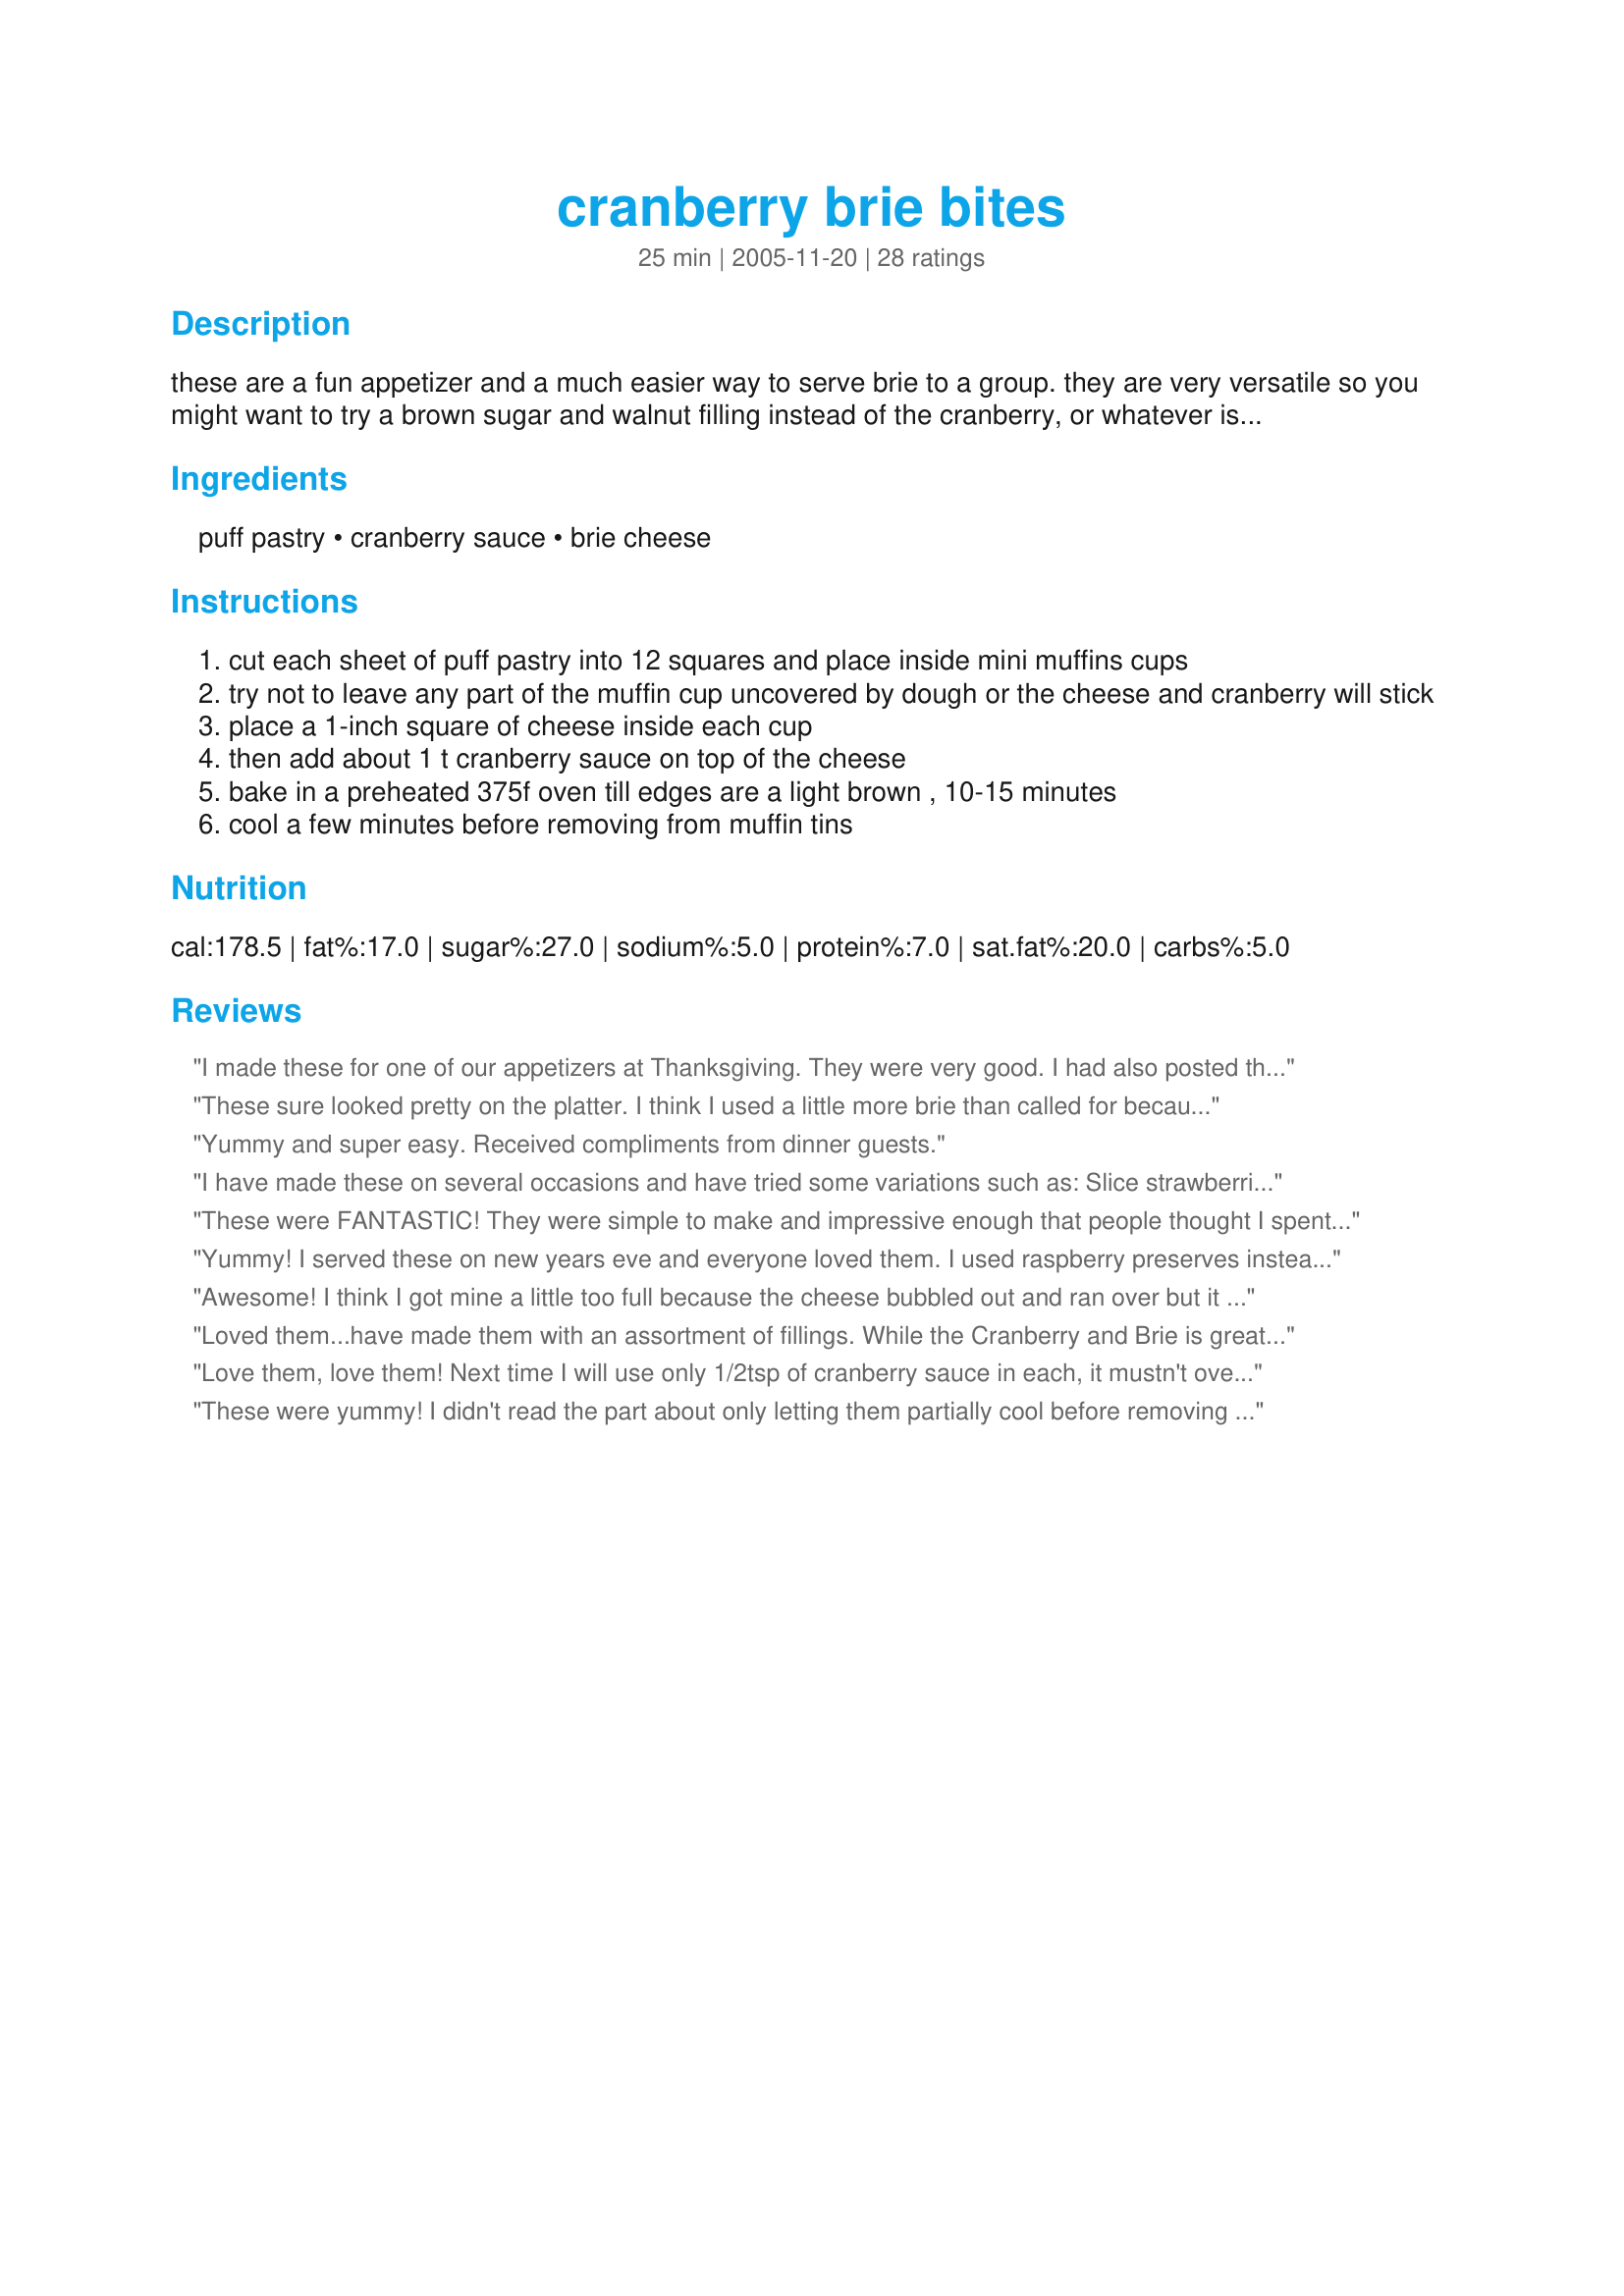
cranberry brie bites
Preparation time: 25 minutes

these are a fun appetizer and a much easier way to serve brie to a group. they are very versatile so you might want to try a brown sugar and walnut filling instead of the cranberry, or whatever is your preference!

Ingredients:
puff pastry, cranberry sauce, brie cheese

Steps:
cut each sheet of puff pastry into 12 squares and place inside mini muffins cups
try not to leave any part of the muffin cup uncovered by dough or the cheese and cranberry will stick
place a 1-inch square of cheese inside each cup
then add about 1 t cranberry sauce on top of the cheese
bake in a preheated 375f oven till edges are a light brown , 10-15 minutes
cool a few minutes before removing from muffin tins

Reviews:
I made these for one of our appetizers at Thanksgiving. They were very good. I had also posted the link to the recipe on another message board that I am on... I think 5 or 6 people promised to make these. LOL. Too easy. The were very tasty. I think I used more brie and cranberry sauce than the recipe called for (I didn't exactly measure) and it resulted in a slightly greasy bottom of the puffs. Still good. Next time I will make them a day ahead of time.
These sure looked pretty on the platter. I think I used a little more brie than called for because the bottoms were a bit greasy or maybe I should have cooked them longer. Not sure Iâ€™m wild about brie and cranberry.
Yummy and super easy. Received compliments from dinner guests.
I have made these on several occasions and have tried some variations such as:

Slice strawberries and put one on top of brie

Put one blackberry on top of brie

*I have also put strawberry preserves on these and they really add something wonderful as well! Thanks for the recipe!
These were FANTASTIC! They were simple to make and impressive enough that people thought I spent a lot of time on them! The people who were less-adventurous and had never had brie, were so surprised that they liked something new! Haha. After making them once as-is, I experimented with them some-- you can use the exact same recipe and substitute Lil' Smokies cut in half for the cranberry and they make an awesome savory bite. Another thing-- you can use Pillsbury croissants (in a can) if you can't find puff pastry!
Yummy! I served these on new years eve and everyone loved them. I used raspberry preserves instead of Cranberry sauce and it was great. thanks!
Awesome! I think I got mine a little too full because the cheese bubbled out and ran over but it didn't stick so cleaned up easily enough. Instead of cranberry sauce I used leftover cranberry chutney from recipe #468443. Also used a goat cheese brie which was a little runnier than I expected so that might have added to the bubbling over issue. Anyway, these are fab and I will be making them again for sure! Thanks for sharing!
Loved them...have made them with an assortment of fillings. While the Cranberry and Brie is great for Christmas, I love it with my <a href="/41230">Plum &amp; Date Chutney</a> and brie or a strong cheddar. Also good with Rhubarb Chutney and a complimentary cheese (I used a local cheddar)
Thanks homegirl for a very versatile appetizer!
Love them, love them! Next time I will use only 1/2tsp of cranberry sauce in each, it mustn't overpower. Very nice!
These were yummy! I didn't read the part about only letting them partially cool before removing from the tins, so mine stuck quite a bit. They were really ugly, but I got a lot of compliments on them.
Made as directed for pre-Thanksgiving day dinner appy. OMG! These were so easy to put together and once everyone had tasted them, they flew off the platter. What I like about them is how they look so upscale and elegant while being super easy. Nice flavor...thanks for sharing.
Very easy and delicious! Will definitely be making them again. They are a little large for "bite size" appetizers, more like 2-4 bites each even in the mini muffin tins I have.
These were really good, and so easy! My cooking time was more like 20 minutes. Thanks for sharing!
How can Brie, Filo pastry and jam go wrong? I used Raspberry jam since I had no cranberry on hand and it was delish. Although I did have a problem with too much oil coming from the pastry and the cheese, not sure how to fix it. Makes the bottom and sides very oily and soggy.
These are so good and so easy! I used less cheese (a 7oz triangle) and less cranberries. I would have like more cranberries, but I don't know how you get more to fit without them spilling over the side (and causing them to stick). Mine took 20 minutes to bake. I made them a few hours ahead. I had leftovers the next day and they were still great - you could definitely make these ahead of time and leave covered in the fridge until serving.
I wish I could give these more than 5 stars! They were so easy to put together and tasted delicious! I made them for New Year's Eve and they were a hit! Can't wait to have another excuse to make them again!
Absolutely fantastic!!! I made these for a cocktail party and used raspberry jam instead of cranberry sauce. They were a HUGE hit! Definitely one I'll make from now on, especially considering how easy it is.
This is a fantastic recipe. The brie/cranberry combination is devine. I used phyllo dough, 2 sheets thick, and used the mini-muffin pan to hold it together, twisting the tops into little pouches and brushing with melted butter. I didn't use a full T of the sauce, maybe 3/4 of a t instead. Also, made half with fig preserves which was also very good. A sure winner.
Simply delicious & beautiful for our Thanksgiving Feast spread! Everyone loved these. I think I overloaded the bites a bit too much w/ (whole cran relish) cranberry & brie cuz the bottoms were a bit soggy. I'll cut back the amounts a little next time and see if that works better. I may not have baked them long enough either. All that said, I will make adjustments & I will be making these again and again!
Made these with the cranberry & brie for a cocktail party. They got a little greasy after sitting on the buffet for a while so I need to remember to bake and serve in batches next time. Next time I'll try with brown sugar and walnuts.
What a great 3-ingredient recipe. I was worried about soggy bottoms after reading other reviews, so I went easy on the brie, and I wish I hadn't. Next time I'll use more brie like the recipe calls for, and I'll experiment with other jams and jellies like others have suggested. Mine took closer to 20 minutes to get golden brown.
So easy and they got EXCELLENT reviews at a party! i did change one thing, if you have the time to make it a little more fancy... i used a salsa made of cranberries, prunes, orange, pecans and sugar instead of cranberry sauce (a mix i got off a turkey sandwich recipe). just put it all in a food processor. it gave it some more texture. But I don't doubt that it would be excellent with the cranberry sauce as well. I will definitely make this again!!!
these are lovely. i made 2 batches for a large party - one with a homemade cranberry sauce and one with brown sugar and walnuts sprinkled over the cheese. i prepared them a few hours ahead of time and kept them in the fridge covered in aluminum foil. everyone loved them and had no idea how easy they were to make.

i'm definitely going to make these again and will try different combinations. but the cranberry variety will definitely be back for christmas!
Love these. I made them for a cocktail party Saturday night. They got very good reviews from everyone. They are perfect for passing on trays and very clean to eat so you can use your fingers. I made them with the cranberry sauce but you could probably used any jelly or jam in this. The cranberry was great for thanksgiving and x-mas parties but I was thinking that strawberry or raspberry jam would be great for summer. A drizzel of honey over the brie, maybe with a few slivered almonds would be nice too. This would also work with any semi-soft cheese like a brie or camembert. I am wondering how something like a teaspoon of pesto or marinara would be too. Thank you for a great recipe with so many fun options. I am going to make them again for another party I am hosting this comming weekend. They are so easy to make with items I tend to keep on hand so they are great for spir of the moment parties too and look impressive.
This will make your party table look very festive. They are easy to make and the brie cheese with the cranberry is a great combination. I used the jellied cranberry sauce this time, but plan to use the canned whole berry next. These need to be cooled a little more to let the cheese cool before biting into. That cheese comes out really hot, OUCH! Zaar Chef Alphabet Soup (July '10-Jan '11)
Big hit at our get together last night - and I can't believe how easy it was!! Thanks, will definitely make again!
Quick, easy and great tasting. I used a triple cream brie so it was very rich and creamy. The cranberry sauce was good but I've also made it with pomegranate jelly and rasberry jelly and everyone loved them. A more intense jelly could enhance this as well. Maybe a pepper jelly. I've made this three times in less than a month. Thanks for a great recipe.
These were fantastic. So easy to make. I used homemade raspberry jam - delicious. It did take longer than the time indicated in the recipe for the puff pastry i was using to cook through.
